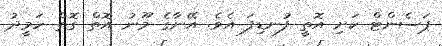
ޕަސެންޓް ކަށި އޮތީ ފުނޑިފަ އެވެ. އޭނާގެ މޫނު އޮތް ގޮތް ހަމީދު